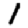
Digit: 1